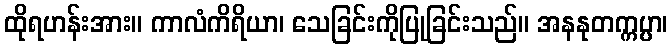
ထိုရဟန်းအား။ ကာလံကိရိယာ၊ သေခြင်းကိုပြုခြင်းသည်။ အနနုတက္ကပ္ပာ၊